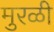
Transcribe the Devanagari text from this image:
मुरळी